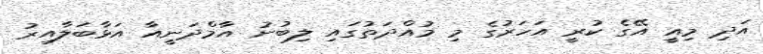
އަދި މިއީ އޭގެ ކުރީ އަހަރުގެ މި މުއްދަތުގައި ލިބުނު އާމްދަނީއާ އަޅާބަލާއިރު